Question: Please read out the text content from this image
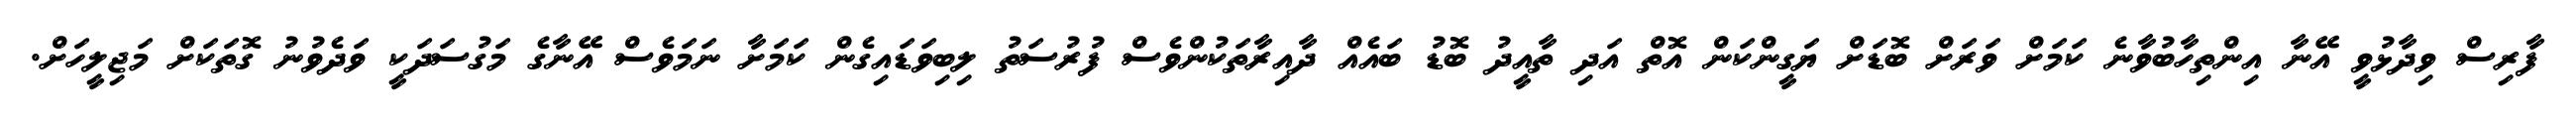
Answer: ފާރިސް ވިދާޅުވީ އޭނާ އިންތިހާބުވާނެ ކަމަށް ވަރަށް ބޮޑަށް ޔަގީންކަން އޮތް އަދި ތާއީދު ބޮޑު ބައެއް ދާއިރާތަކުންވެސް ފުރުސަތު ލިބިވަޑައިގެން ކަމަށާ ނަމަވެސް އޭނާގެ މަގުސަދަކީ ވަދެވުނު ގޮތަކަށް މަޖިލީހަށް.